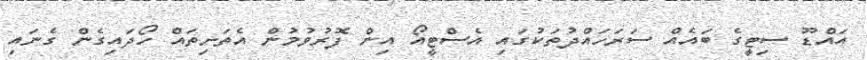
އައްޑޫ ސިޓީގެ ބައެއް ސަރަހައްދުތަކުގައި އެސްޓީއޯ އިން ފޮރުވުމުން އެތަށިތައް ހޯދައިގެން ގެނައި